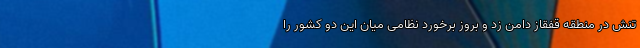
تنش در منطقه قفقاز دامن زد و بروز برخورد نظامی میان این دو کشور را